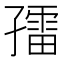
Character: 𱚀